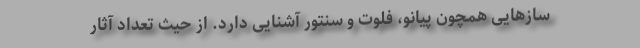
سازهایی همچون پیانو، فلوت و سنتور آشنایی دارد. از حیث تعداد آثار